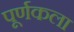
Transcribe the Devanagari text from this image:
पूर्णकला